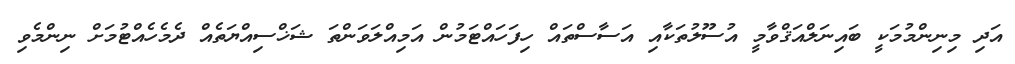
އަދި މިނިންމުމަކީ ބައިނަލްއަޤްވާމީ އުސޫލުތަކާއި އަސާސްތައް ހިފަހައްޓަމުން އަމިއްލަވަންތަ ޝަޚްސިއްޔަތެއް ދެމެހެއްޓުމަށް ނިންމެވި